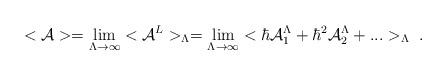
LaTeX: \begin{align*}<{\cal A}>=\lim _{\Lambda \rightarrow \infty}<{\cal A}^L>_\Lambda =\lim _{\Lambda \rightarrow \infty}<\hbar {\cal A}^\Lambda _1+\hbar^2{\cal A}_2^\Lambda +...>_\Lambda \ .\end{align*}